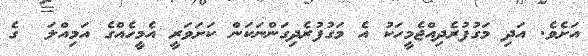
އަށެވެ. އަދި މަގުފުރެދިއްޖެމީހަކު އެ މަގުފުރެދިގަންނަކަން ކަށަވަރީ އެމީހެއްގެ އަމިއްލަ  ގެ